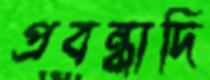
প্রবন্ধাদি